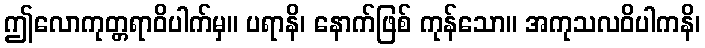
ဤလောကုတ္တရာဝိပါက်မှ။ ပရာနိ၊ နောက်ဖြစ် ကုန်သော။ အကုသလဝိပါကနိ၊